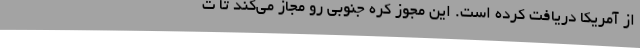
از آمریکا دریافت کرده است. این مجوز کره جنوبی رو مجاز می‌کند تا ت